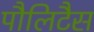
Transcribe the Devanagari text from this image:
पौलिटैस